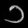
Digit: ၁